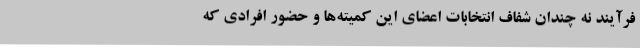
فرآیند نه چندان شفاف انتخابات اعضای این کمیته‌ها و حضور افرادی که